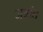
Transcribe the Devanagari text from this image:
जत्रांत